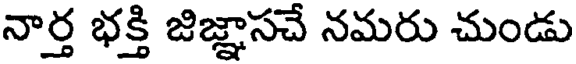
నార్త భక్తి జిజ్ఞాసచే నమరు చుండు